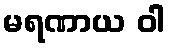
မရဏာယ ဝါ